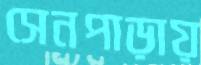
সেনপাড়ায়